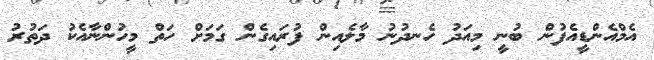
އެމްއެންޑީއެފުން ބުނީ މިއަދު ހެނދުނު މާލެއިން ފުރައިގެން ގަމަށް ހަތް މީހުންނާއެކު ދަތުރު